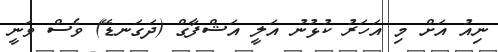
ނިއު އަށް މި އަހަރު ކުޅުނު އަލީ އަޝްފާގް (ދަގަނޑޭ) ވެސް ވަނީ